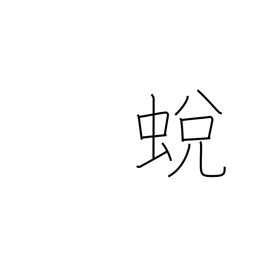
Meaning: insect moulting